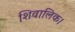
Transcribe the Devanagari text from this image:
शिवालिक।